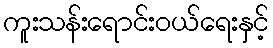
ကူးသန်းရောင်းဝယ်ရေးနှင့်